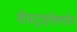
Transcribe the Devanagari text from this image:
सेफ़्ट्राइऐक्सोन